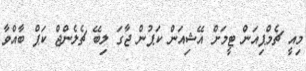
މިއީ ޗެމްޕިއަން ޓީމަށް އޭޝިއަން ކަޕުން ޖާގަ ލިބޭ ޗެލެންޖް ކަޕް ބާއްވާ